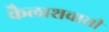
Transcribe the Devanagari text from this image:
कैलाशवासी